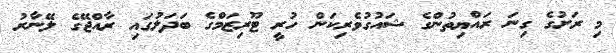
މި ރަށުގެ ގިނަ ރައްޔިތުންގެ ޝައުގުވެރިކަން ހުރީ ޓޫރިޒަމްގެ ބަދަލުގައި ރާއްޖޭގެ ލޭނާރު